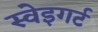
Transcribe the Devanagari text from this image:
स्वेइगर्ट